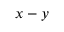
x - y